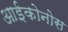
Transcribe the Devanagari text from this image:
आईकोनोस